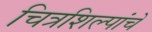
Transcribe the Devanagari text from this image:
चित्रशिल्पांचे